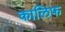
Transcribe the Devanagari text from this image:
कालिफ